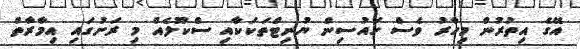
އޭގެ އިތުރުން މިހާރު ވެސް ހައުސިން ޔުނިޓްތަކަކާއި ސްކޫލެއް މި ރަށުގައި އިމާރާތް